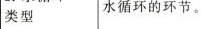
海洋类型水循环的环节。